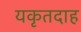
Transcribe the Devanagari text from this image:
यकृतदाह